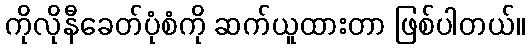
ကိုလိုနီခေတ်ပုံစံကို ဆက်ယူထားတာ ဖြစ်ပါတယ်။